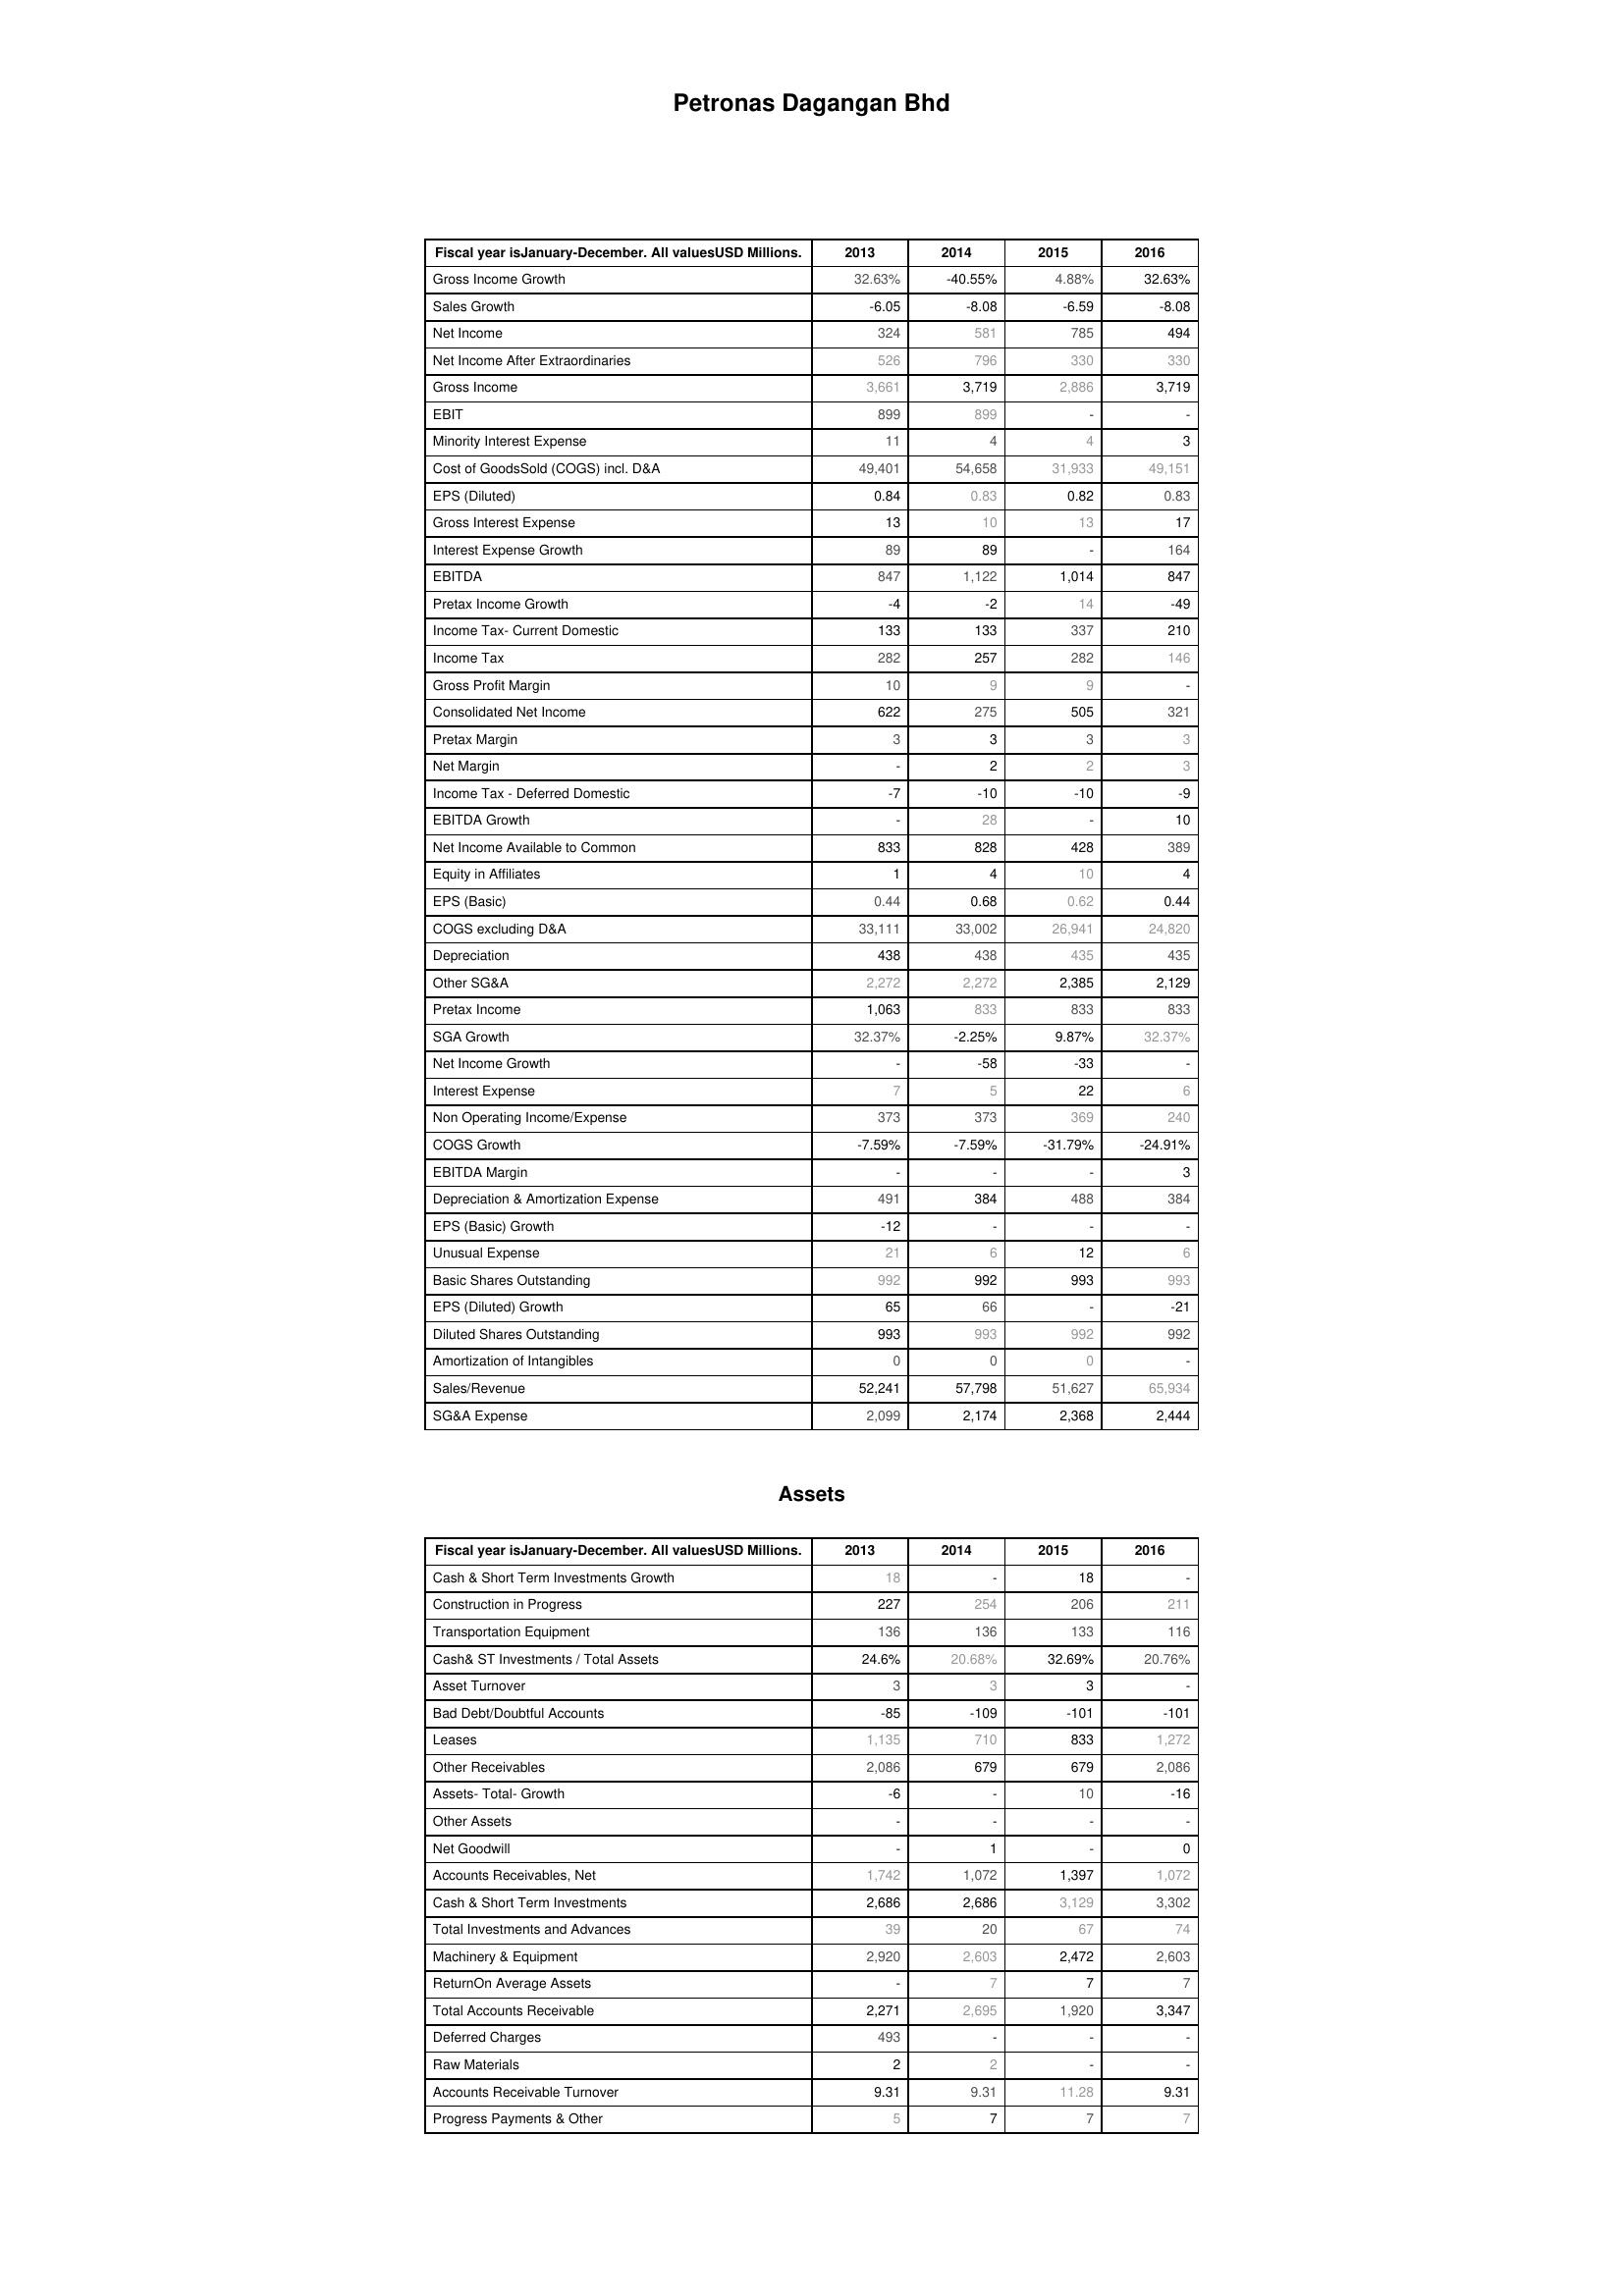
2013: : Gross Income Growth: 32.63%
Sales Growth: -6.05
Net Income: 324
Net Income After Extraordinaries: 526
Gross Income: 3,661
EBIT: 899
Minority Interest Expense: 11
Cost of GoodsSold (COGS) incl. D&A: 49,401
EPS (Diluted): 0.84
Gross Interest Expense: 13
Interest Expense Growth: 89
EBITDA: 847
Pretax Income Growth: -4
Income Tax- Current Domestic: 133
Income Tax: 282
Gross Profit Margin: 10
Consolidated Net Income: 622
Pretax Margin: 3
Net Margin: -
Income Tax - Deferred Domestic: -7
EBITDA Growth: -
Net Income Available to Common: 833
Equity in Affiliates: 1
EPS (Basic): 0.44
COGS excluding D&A: 33,111
Depreciation: 438
Other SG&A: 2,272
Pretax Income: 1,063
SGA Growth: 32.37%
Net Income Growth: -
Interest Expense: 7
Non Operating Income/Expense: 373
COGS Growth: -7.59%
EBITDA Margin: -
Depreciation & Amortization Expense: 491
EPS (Basic) Growth: -12
Unusual Expense: 21
Basic Shares Outstanding: 992
EPS (Diluted) Growth: 65
Diluted Shares Outstanding: 993
Amortization of Intangibles: 0
Sales/Revenue: 52,241
SG&A Expense: 2,099
Assets: Cash & Short Term Investments Growth: 18
Construction in Progress: 227
Transportation Equipment: 136
Cash& ST Investments / Total Assets: 24.6%
Asset Turnover: 3
Bad Debt/Doubtful Accounts: -85
Leases: 1,135
Other Receivables: 2,086
Assets- Total- Growth: -6
Other Assets: -
Net Goodwill: -
Accounts Receivables, Net: 1,742
Cash & Short Term Investments: 2,686
Total Investments and Advances: 39
Machinery & Equipment: 2,920
ReturnOn Average Assets: -
Total Accounts Receivable: 2,271
Deferred Charges: 493
Raw Materials: 2
Accounts Receivable Turnover: 9.31
Progress Payments & Other: 5
2014: : Gross Income Growth: -40.55%
Sales Growth: -8.08
Net Income: 581
Net Income After Extraordinaries: 796
Gross Income: 3,719
EBIT: 899
Minority Interest Expense: 4
Cost of GoodsSold (COGS) incl. D&A: 54,658
EPS (Diluted): 0.83
Gross Interest Expense: 10
Interest Expense Growth: 89
EBITDA: 1,122
Pretax Income Growth: -2
Income Tax- Current Domestic: 133
Income Tax: 257
Gross Profit Margin: 9
Consolidated Net Income: 275
Pretax Margin: 3
Net Margin: 2
Income Tax - Deferred Domestic: -10
EBITDA Growth: 28
Net Income Available to Common: 828
Equity in Affiliates: 4
EPS (Basic): 0.68
COGS excluding D&A: 33,002
Depreciation: 438
Other SG&A: 2,272
Pretax Income: 833
SGA Growth: -2.25%
Net Income Growth: -58
Interest Expense: 5
Non Operating Income/Expense: 373
COGS Growth: -7.59%
EBITDA Margin: -
Depreciation & Amortization Expense: 384
EPS (Basic) Growth: -
Unusual Expense: 6
Basic Shares Outstanding: 992
EPS (Diluted) Growth: 66
Diluted Shares Outstanding: 993
Amortization of Intangibles: 0
Sales/Revenue: 57,798
SG&A Expense: 2,174
Assets: Cash & Short Term Investments Growth: -
Construction in Progress: 254
Transportation Equipment: 136
Cash& ST Investments / Total Assets: 20.68%
Asset Turnover: 3
Bad Debt/Doubtful Accounts: -109
Leases: 710
Other Receivables: 679
Assets- Total- Growth: -
Other Assets: -
Net Goodwill: 1
Accounts Receivables, Net: 1,072
Cash & Short Term Investments: 2,686
Total Investments and Advances: 20
Machinery & Equipment: 2,603
ReturnOn Average Assets: 7
Total Accounts Receivable: 2,695
Deferred Charges: -
Raw Materials: 2
Accounts Receivable Turnover: 9.31
Progress Payments & Other: 7
2015: : Gross Income Growth: 4.88%
Sales Growth: -6.59
Net Income: 785
Net Income After Extraordinaries: 330
Gross Income: 2,886
EBIT: -
Minority Interest Expense: 4
Cost of GoodsSold (COGS) incl. D&A: 31,933
EPS (Diluted): 0.82
Gross Interest Expense: 13
Interest Expense Growth: -
EBITDA: 1,014
Pretax Income Growth: 14
Income Tax- Current Domestic: 337
Income Tax: 282
Gross Profit Margin: 9
Consolidated Net Income: 505
Pretax Margin: 3
Net Margin: 2
Income Tax - Deferred Domestic: -10
EBITDA Growth: -
Net Income Available to Common: 428
Equity in Affiliates: 10
EPS (Basic): 0.62
COGS excluding D&A: 26,941
Depreciation: 435
Other SG&A: 2,385
Pretax Income: 833
SGA Growth: 9.87%
Net Income Growth: -33
Interest Expense: 22
Non Operating Income/Expense: 369
COGS Growth: -31.79%
EBITDA Margin: -
Depreciation & Amortization Expense: 488
EPS (Basic) Growth: -
Unusual Expense: 12
Basic Shares Outstanding: 993
EPS (Diluted) Growth: -
Diluted Shares Outstanding: 992
Amortization of Intangibles: 0
Sales/Revenue: 51,627
SG&A Expense: 2,368
Assets: Cash & Short Term Investments Growth: 18
Construction in Progress: 206
Transportation Equipment: 133
Cash& ST Investments / Total Assets: 32.69%
Asset Turnover: 3
Bad Debt/Doubtful Accounts: -101
Leases: 833
Other Receivables: 679
Assets- Total- Growth: 10
Other Assets: -
Net Goodwill: -
Accounts Receivables, Net: 1,397
Cash & Short Term Investments: 3,129
Total Investments and Advances: 67
Machinery & Equipment: 2,472
ReturnOn Average Assets: 7
Total Accounts Receivable: 1,920
Deferred Charges: -
Raw Materials: -
Accounts Receivable Turnover: 11.28
Progress Payments & Other: 7
2016: : Gross Income Growth: 32.63%
Sales Growth: -8.08
Net Income: 494
Net Income After Extraordinaries: 330
Gross Income: 3,719
EBIT: -
Minority Interest Expense: 3
Cost of GoodsSold (COGS) incl. D&A: 49,151
EPS (Diluted): 0.83
Gross Interest Expense: 17
Interest Expense Growth: 164
EBITDA: 847
Pretax Income Growth: -49
Income Tax- Current Domestic: 210
Income Tax: 146
Gross Profit Margin: -
Consolidated Net Income: 321
Pretax Margin: 3
Net Margin: 3
Income Tax - Deferred Domestic: -9
EBITDA Growth: 10
Net Income Available to Common: 389
Equity in Affiliates: 4
EPS (Basic): 0.44
COGS excluding D&A: 24,820
Depreciation: 435
Other SG&A: 2,129
Pretax Income: 833
SGA Growth: 32.37%
Net Income Growth: -
Interest Expense: 6
Non Operating Income/Expense: 240
COGS Growth: -24.91%
EBITDA Margin: 3
Depreciation & Amortization Expense: 384
EPS (Basic) Growth: -
Unusual Expense: 6
Basic Shares Outstanding: 993
EPS (Diluted) Growth: -21
Diluted Shares Outstanding: 992
Amortization of Intangibles: -
Sales/Revenue: 65,934
SG&A Expense: 2,444
Assets: Cash & Short Term Investments Growth: -
Construction in Progress: 211
Transportation Equipment: 116
Cash& ST Investments / Total Assets: 20.76%
Asset Turnover: -
Bad Debt/Doubtful Accounts: -101
Leases: 1,272
Other Receivables: 2,086
Assets- Total- Growth: -16
Other Assets: -
Net Goodwill: 0
Accounts Receivables, Net: 1,072
Cash & Short Term Investments: 3,302
Total Investments and Advances: 74
Machinery & Equipment: 2,603
ReturnOn Average Assets: 7
Total Accounts Receivable: 3,347
Deferred Charges: -
Raw Materials: -
Accounts Receivable Turnover: 9.31
Progress Payments & Other: 7